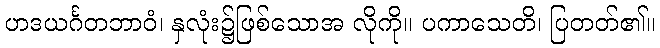
ဟဒယင်္ဂတဘာဝံ၊ နှလုံး၌ဖြစ်သောအ လိုကို။ ပကာသေတိ၊ ပြတတ်၏။